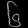
Digit: ၆